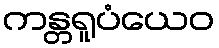
ကန္တရူပံယေဝ